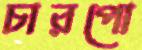
চারপো